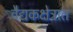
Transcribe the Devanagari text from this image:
वैद्यकक्षेत्रात